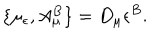
\{ \mu _ { \epsilon } , A _ { \mu } ^ { B } \} = D _ { \mu } \epsilon ^ { B } .